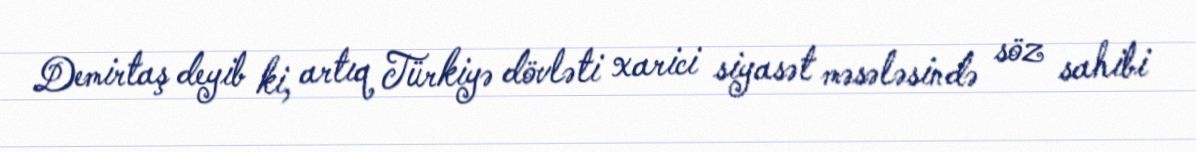
Demirtaş deyib ki, artıq Türkiyə dövləti xarici siyasət məsələsində söz sahibi